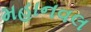
મહાનવલ